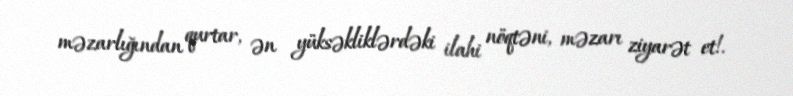
məzarlığından qurtar, ən yüksəkliklərdəki ilahi nöqtəni, məzarı ziyarət et!.